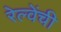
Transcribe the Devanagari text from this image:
रेल्वेंची